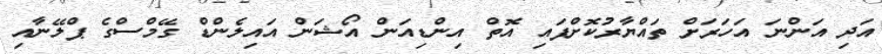
އަދި އަންނަ އަހަރަށް ތައްޔާރުކޮށްފައި އޮތް އިންޑިއަން އޯޝަން އައިލެންޑް ގޭމްސްގެ ޕްލޭނާއި